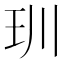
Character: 玔